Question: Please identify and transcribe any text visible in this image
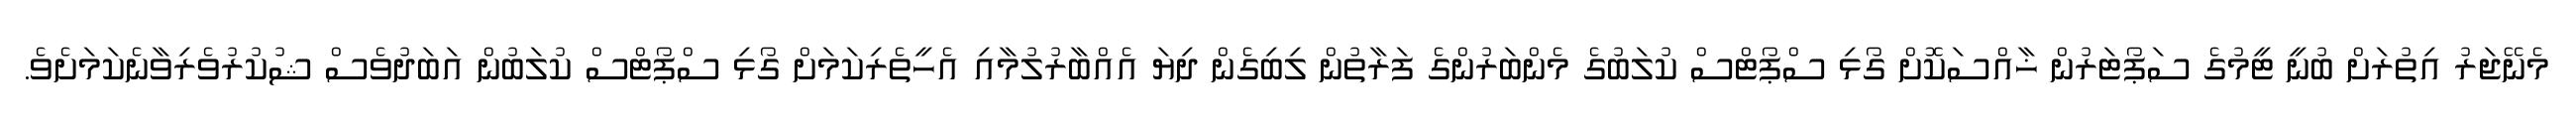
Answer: މެނޭޖަރު އިތުރަށް ބުނީ ޓީމުގެ ސަޕޯޓަރުން ޚާއްސަކޮށް ގޯޅި ސްޕޯޓްސް ކުލަބުގެ މެންބަރުންގެ ފަރާތުން ލިބިގެން ދިޔަ އެއްބާރުލުމާއި އެހީތެރިކަމަށް ގޯޅި ސްޕޯޓްސް ކުލަބުން އަބަދުވެސް ޝުކުރުވެރިވާނެކަމަށެވެ.